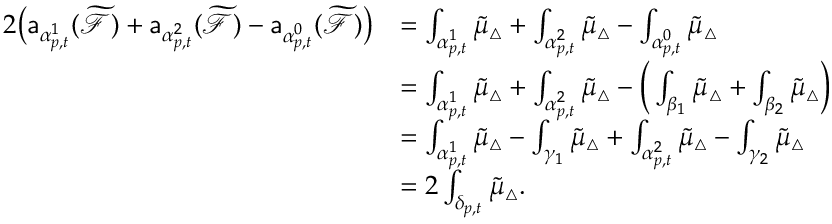
\begin{array} { r l } { 2 \big ( \mathsf { a } _ { \alpha _ { p , t } ^ { 1 } } ( \widetilde { \mathcal { F } } ) + \mathsf { a } _ { \alpha _ { p , t } ^ { 2 } } ( \widetilde { \mathcal { F } } ) - \mathsf { a } _ { \alpha _ { p , t } ^ { 0 } } ( \widetilde { \mathcal { F } } ) \big ) } & { = \int _ { \alpha _ { p , t } ^ { 1 } } \widetilde { \mu } _ { \triangle } + \int _ { \alpha _ { p , t } ^ { 2 } } \widetilde { \mu } _ { \triangle } - \int _ { \alpha _ { p , t } ^ { 0 } } \widetilde { \mu } _ { \triangle } } \\ & { = \int _ { \alpha _ { p , t } ^ { 1 } } \widetilde { \mu } _ { \triangle } + \int _ { \alpha _ { p , t } ^ { 2 } } \widetilde { \mu } _ { \triangle } - \bigg ( \int _ { \beta _ { 1 } } \widetilde { \mu } _ { \triangle } + \int _ { \beta _ { 2 } } \widetilde { \mu } _ { \triangle } \bigg ) } \\ & { = \int _ { \alpha _ { p , t } ^ { 1 } } \widetilde { \mu } _ { \triangle } - \int _ { \gamma _ { 1 } } \widetilde { \mu } _ { \triangle } + \int _ { \alpha _ { p , t } ^ { 2 } } \widetilde { \mu } _ { \triangle } - \int _ { \gamma _ { 2 } } \widetilde { \mu } _ { \triangle } } \\ & { = 2 \int _ { \delta _ { p , t } } \widetilde { \mu } _ { \triangle } . } \end{array}